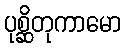
ပုစ္ဆိတုကာမော